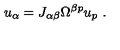
u _ { \alpha } = J _ { \alpha \beta } \Omega ^ { \beta p } u _ { p } \ .